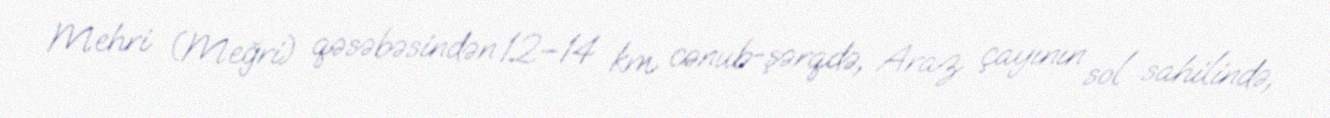
Mehri (Meğri) qəsəbəsindən 12–14 km cənub-şərqdə, Araz çayının sol sahilində,